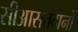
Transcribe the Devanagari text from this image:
सीआसतदानों